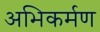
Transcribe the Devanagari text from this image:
अभिकर्मण